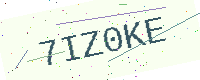
Text: 7IZ0KE